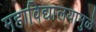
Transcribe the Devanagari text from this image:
महाविद्यालयामुळे